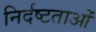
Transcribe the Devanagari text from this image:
निर्दष्टताओं